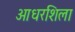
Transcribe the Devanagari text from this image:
आधरशिला